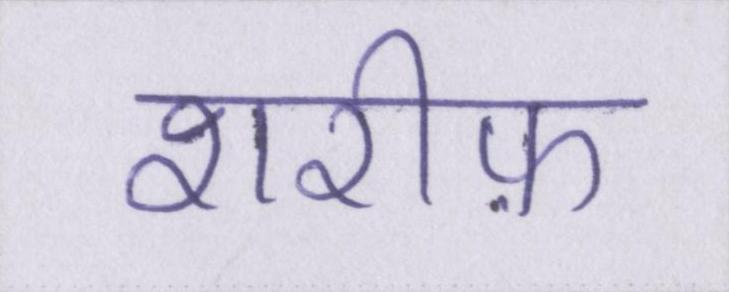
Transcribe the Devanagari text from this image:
शरीफ़